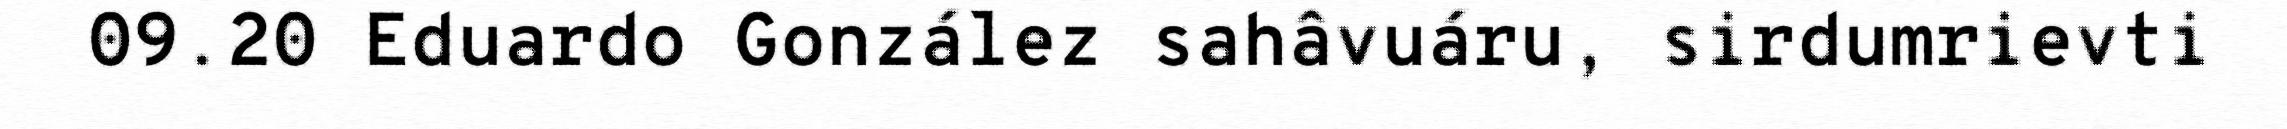
09.20 Eduardo González sahâvuáru, sirdumrievti